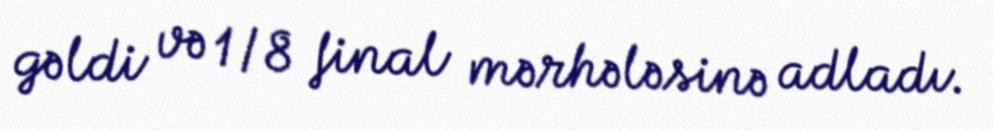
gəldi və 1/8 final mərhələsinə adladı.